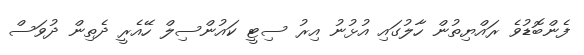
ފެންބޮޑުވެ ރައްޔިތުން ހާލުގައި އުޅުނު އިރު ސިޓީ ކައުންސިލް ހޭއެރީ ދެތިން ދުވަސް